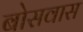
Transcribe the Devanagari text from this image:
बोसवास